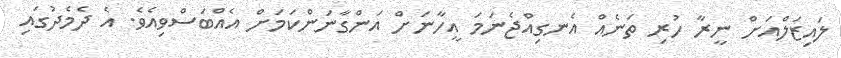
ލައިޒަލްއަށް ނީރާ ހުރި ތަނެއް އެނގިއްޖެނަމަ އީހާނަށް އަންގާނަންކަމަށް އެއްބަސްވިއެވެ. އެ ދެމެދުގައި